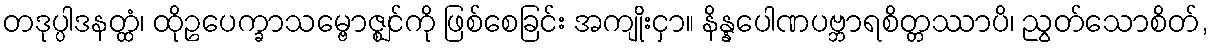
တဒုပ္ပါဒနတ္ထံ၊ ထိုဥပေက္ခာသမ္ဗောဇ္ဈင်ကို ဖြစ်စေခြင်း အကျိုးငှာ။ နိန္နပေါဏပဗ္ဘာရစိတ္တဿာပိ၊ ညွတ်သောစိတ်,